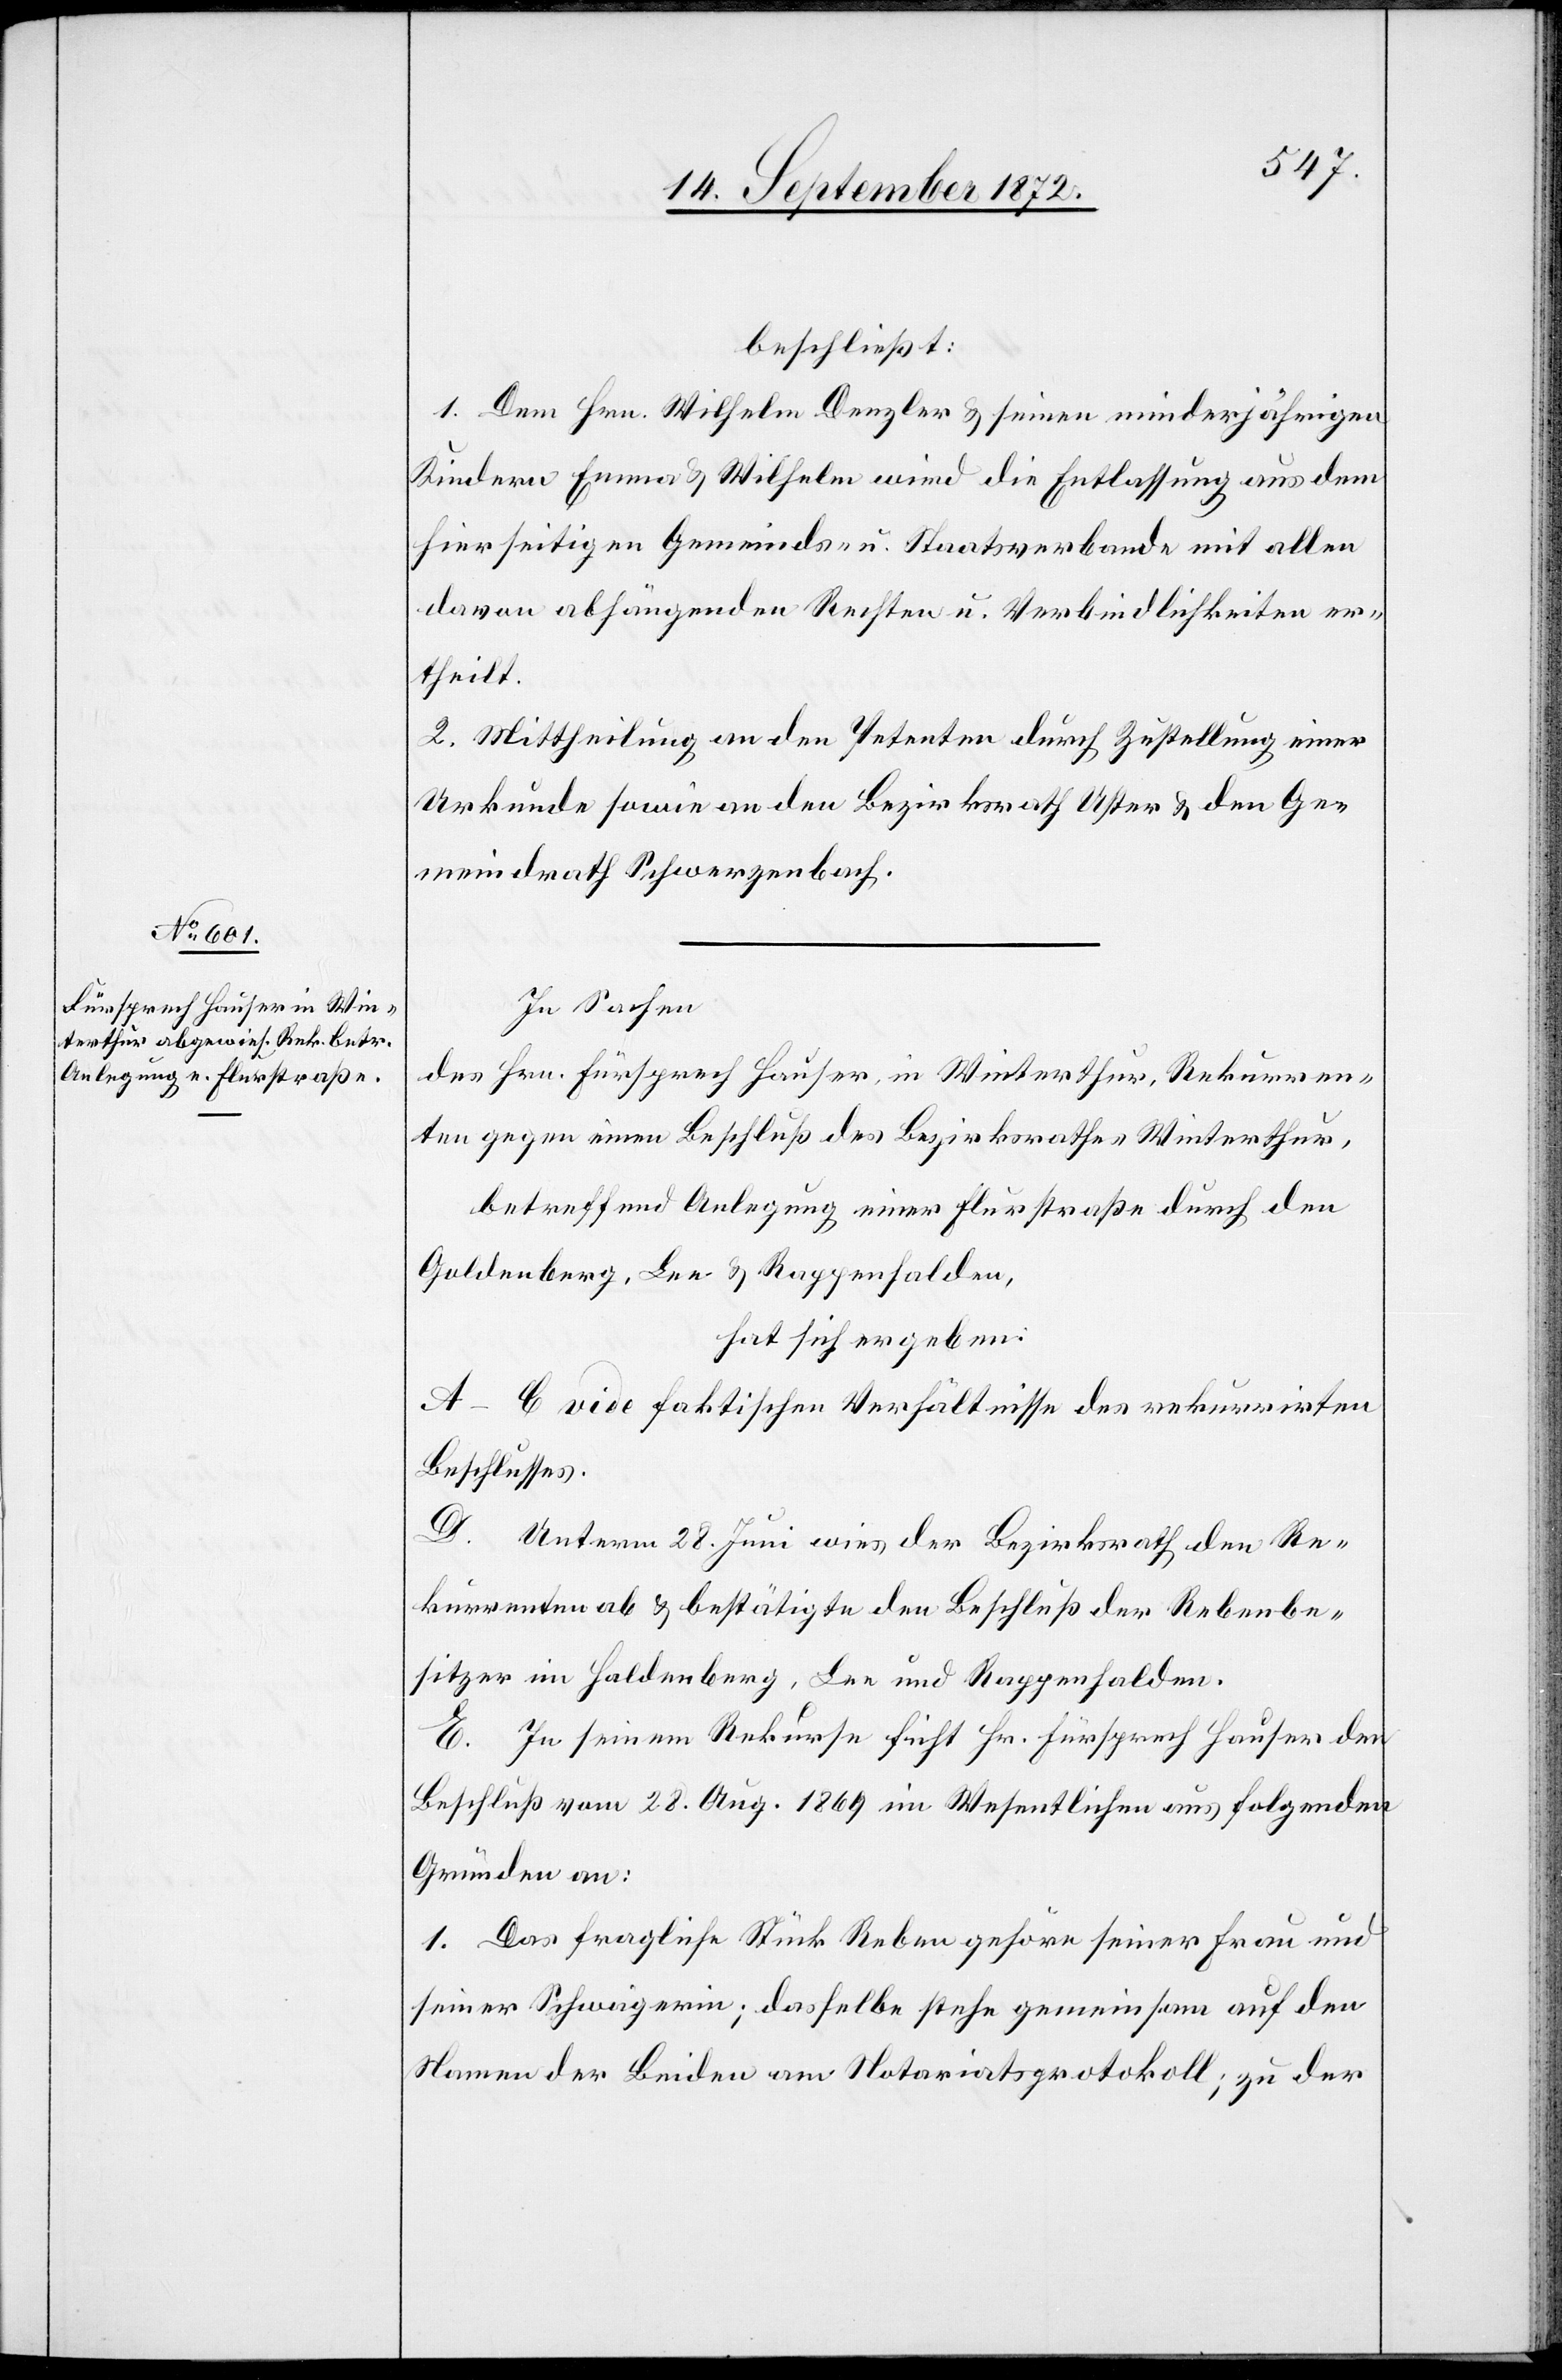
beschließt:
1. Dem Hrn. Wilhelm Denzler u. seinen minderjährigen
Kindern Emma u. Wilhelm wird die Entlassung aus dem
hierseitigen Gemeinds- u. Staatsverbande mit allen
davon abhängenden Rechten u. Verbindlichkeiten er¬
theilt.
2. Mittheilung an den Petenten durch Zustellung einer
Urkunde sowie an den Bezirksrath Uster u. den Ge¬
meindrath Schwerzenbach.
In Sachen
des Hrn. Fürsprech Hauser, in Winterthur, Rekurren¬
ten gegen einen Beschluß des Bezirksrathes Winterthur,
betreffend Anlegung einer Flurstraße durch den
Goldenberg, Lee u. Rappenhalden,
hat sich ergeben:
A–C vide faktischen Verhältnisse des rekurrirten
Beschlusses.
D. Unterm 28. Juni wies der Bezirksrath den Re¬
kurrenten ab u. bestätigte den Beschluß der Rebenbe¬
sitzer im Haldenberg, Lee und Rappenhalden.
E. In seinem Rekurse sucht Hr. Fürsprech Hauser den
Beschluß vom 28. Aug. 1869 im Wesentlichen aus folgenden
Gründen an:
1. Das fragliche Stück Reben gehöre seiner Frau und
seiner Schwägerin; dasselbe stehe gemeinsam auf den
Namen der Beiden am Notariatsprotokoll; zu der